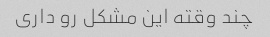
چند وقته این مشکل رو داری